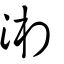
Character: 湘